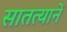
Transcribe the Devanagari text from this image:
सातत्यानें